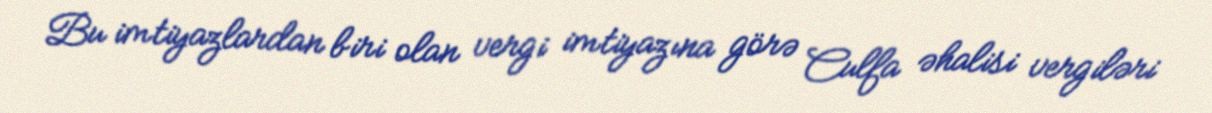
Bu imtiyazlardan biri olan vergi imtiyazına görə Culfa əhalisi vergiləri